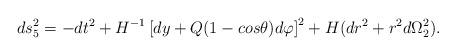
LaTeX: \begin{align*}ds^2_5=-dt^2+H^{-1}\left[ dy+Q(1-cos\theta) d\varphi\right]^2+H(dr^2+r^2d\Omega_2^2).\end{align*}